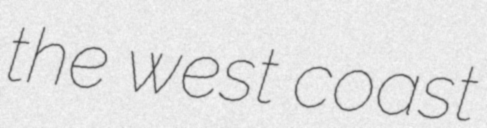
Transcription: the west coast